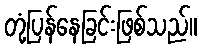
တုံ့ပြန်နေခြင်းဖြစ်သည်။